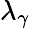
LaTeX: \lambda_{\gamma}